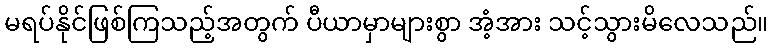
မရပ်နိုင်ဖြစ်ကြသည့်အတွက် ပီယာမှာများစွာ အံ့အား သင့်သွားမိလေသည်။